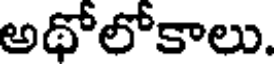
అథోలోకాలు.